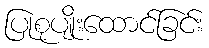
ပြုစုပျိုးထောင်ခြင်း